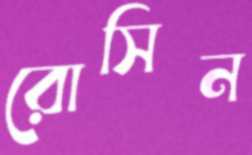
রোসিন